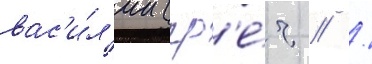
вас'и́л'ии (гр'е́ч // /